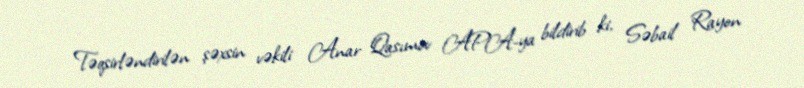
Təqsirləndirilən şəxsin vəkili Anar Qasımov APA-ya bildirib ki, Səbail Rayon